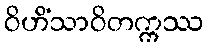
ဝိဟိံသာဝိတက္ကဿ